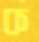
ক